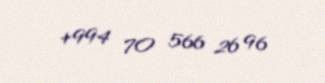
+994 70 566 26 96